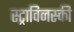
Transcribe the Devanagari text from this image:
स्ट्राविनस्की